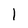
Character: 1